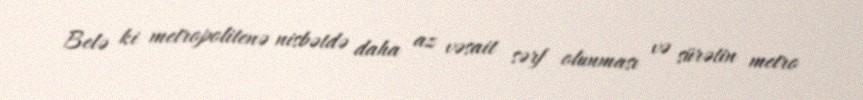
Belə ki metropolitenə nisbətdə daha az vəsait sərf olunması və sürətin metro